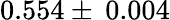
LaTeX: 0.554\pm\: 0.004